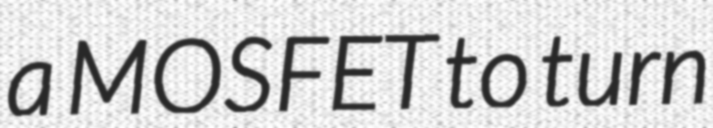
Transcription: a MOSFET to turn